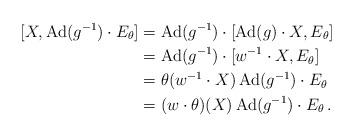
LaTeX: \begin{align*} [X,\mathrm{Ad}(g^{-1})\cdot E_{\theta}]&=\mathrm{Ad}(g^{-1})\cdot[\mathrm{Ad}(g)\cdot X,E_{\theta}]\\ &= \mathrm{Ad}(g^{-1})\cdot[w^{-1}\cdot X, E_{\theta}]\\ &= \theta(w^{-1}\cdot X)\, \mathrm{Ad}(g^{-1})\cdot E_{\theta}\\ &= (w\cdot\theta)(X)\, \mathrm{Ad}(g^{-1})\cdot E_{\theta}\,. \end{align*}